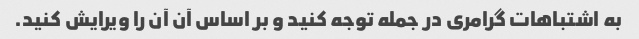
به اشتباهات گرامری در جمله توجه کنید و بر اساس آن آن را ویرایش کنید.